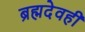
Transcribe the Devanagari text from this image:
ब्रह्मदेवही